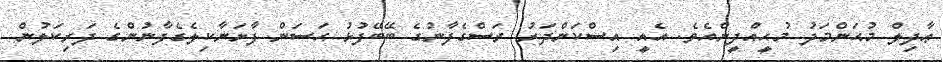
ޢާދިލް މުޙަންމަދު މުޙީއްދީންއެވެ. އެއީ އިސްކަންދަރު ރަސްގެފާނުގެ ބޭބޭފުޅު ޙަސަން ފާށަނާކިލެގެފާނުންގެ ދަރިކަލުން